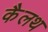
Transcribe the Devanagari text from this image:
कैलथ